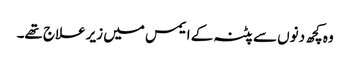
وہ کچھ دنوں سے پٹنہ کے ایمس میں زیرعلاج تھے۔